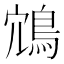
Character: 鴧